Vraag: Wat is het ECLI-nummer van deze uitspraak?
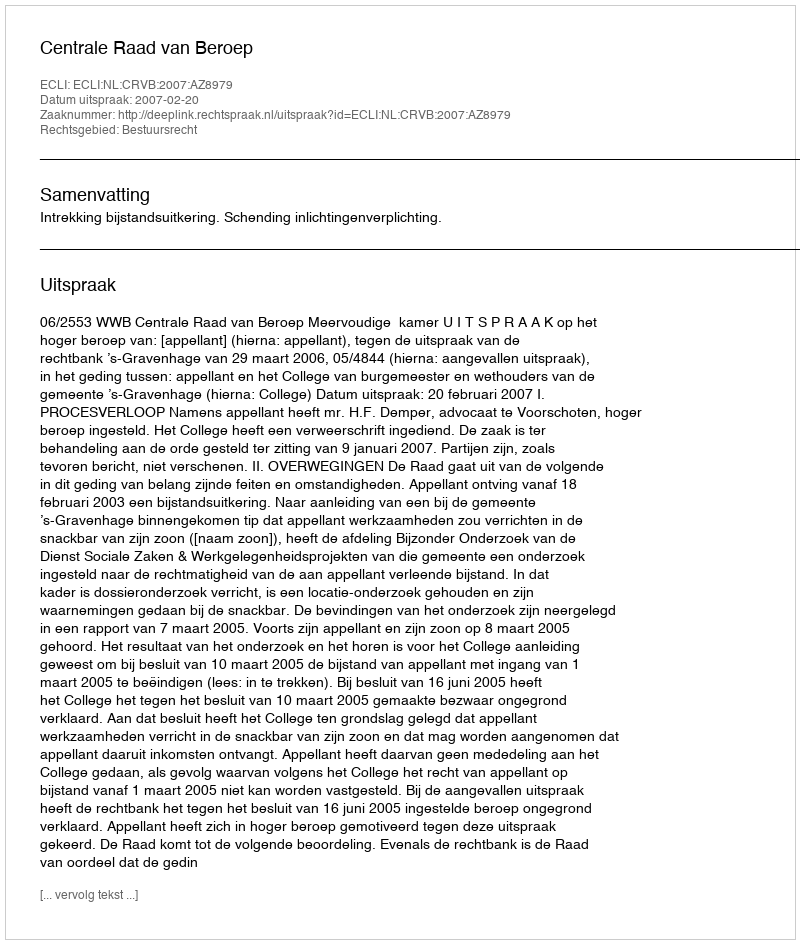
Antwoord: ECLI:NL:CRVB:2007:AZ8979